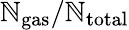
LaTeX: \mathbb{N}_{\mathrm{{gas}}}/\mathbb{N}_{\mathrm{{total}}}